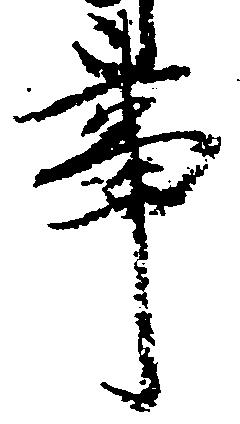
事